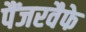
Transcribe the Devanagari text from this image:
पैंजरवैफे